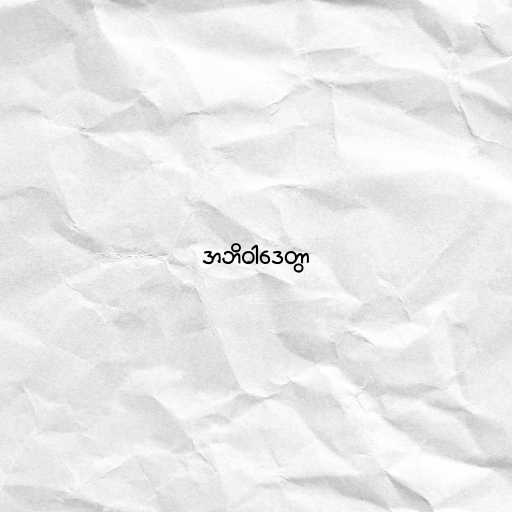
အဘိဝါဒေတွာ